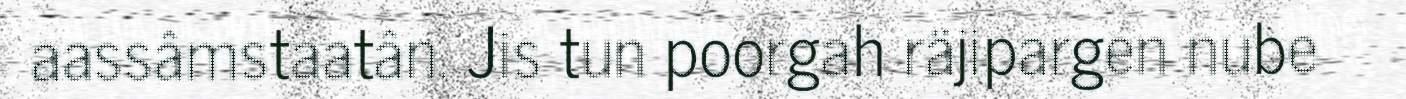
aassâmstaatân. Jis tun poorgah räjipargen nube